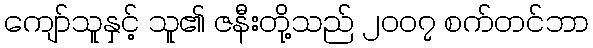
ကျော်သူနှင့် သူ၏ ဇနီးတို့သည် ၂၀၀၇ စက်တင်ဘာ